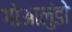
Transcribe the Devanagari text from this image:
गोआलुंडो